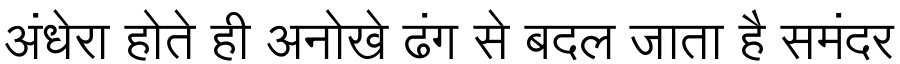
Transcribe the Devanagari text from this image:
अंधेरा होते ही अनोखे ढंग से बदल जाता है समंदर